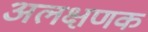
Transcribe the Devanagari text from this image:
अलक्षणक